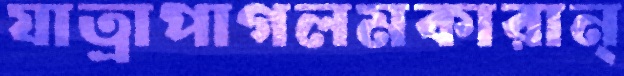
যাত্রাপাগলমকারান্